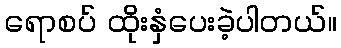
ရောစပ် ထိုးနှံပေးခဲ့ပါတယ်။